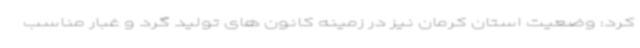
کرد: وضعیت استان کرمان نیز در زمینه کانون های تولید گرد و غبار مناسب